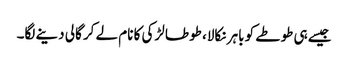
جیسے ہی طوطے کو باہر نکالا، طوطا لڑکی کا نام لے کر گالی دینے لگا۔